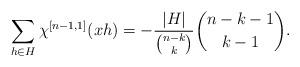
LaTeX: \begin{align*}\sum_{h\in H}\chi^{[n-1,1]}(xh) = -\frac{|H|}{\binom{n-k}{k}}\binom{n-k-1}{k-1}.\end{align*}